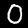
Label: 0